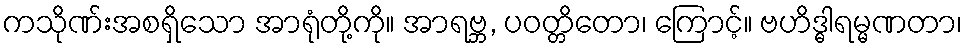
ကသိုဏ်းအစရှိသော အာရုံတို့ကို။ အာရဗ္ဘ, ပဝတ္တိတော၊ ကြောင့်။ ဗဟိဒ္ဓါရမ္မဏတာ၊